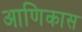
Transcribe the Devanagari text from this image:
आणिकास